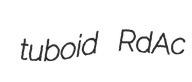
tuboid RdAc